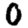
Digit: 0